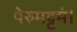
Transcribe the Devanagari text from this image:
पेरुमट्टमं।